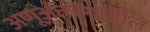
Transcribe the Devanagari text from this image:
अणूअंतरंगातील